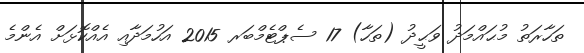
ތަހާރަތު މުޙައްމަދު ވަޙީދު (ތަހާ) 17 ސެޕްޓެމްބަރ 2015 އަހުމަދާއި އެއްކޮޅަށް އެންމެ